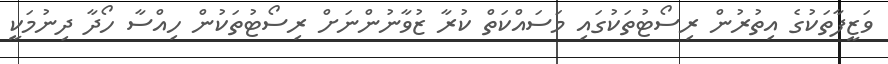
ވަޒީފާތަކުގެ އިތުރުން ރިސޯޓުތަކުގައި މަސައްކަތް ކުރާ ޒުވާނުންނަށް ރިސޯޓުތަކުން ހިއްސާ ހޯދާ ދިނުމަކީ